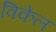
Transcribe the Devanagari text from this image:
विकेल